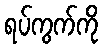
ရပ်ကွက်ကို